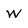
Character: w